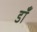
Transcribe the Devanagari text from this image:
डॉं